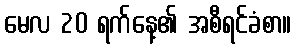
မေလ 20 ရက်နေ့၏ အစီရင်ခံစာ။